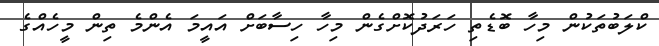
ކްލަބުތަކުން މިހާ ބޮޑެތި ހަރަދުކޮށްގެން މިހާ ހިސާބަށް އައީމަ އެންމެ ތިން މީހެއްގެ